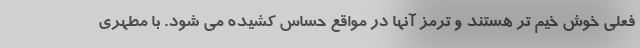
فعلی خوش خیم تر هستند و ترمز آنها در مواقع حساس کشیده می شود. با مطهری